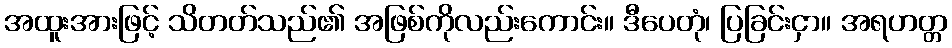
အထူးအားဖြင့် သိတတ်သည်၏ အဖြစ်ကိုလည်းကောင်း။ ဒီပေတုံ၊ ပြခြင်းငှာ။ အရဟတ္တ